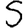
Digit: 5